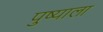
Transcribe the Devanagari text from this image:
पुष्याला